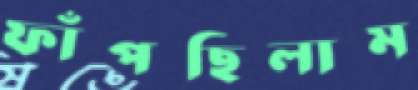
ফাঁপছিলাম